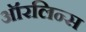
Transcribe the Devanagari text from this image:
ऑरलिन्स